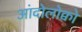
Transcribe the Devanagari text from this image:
आंदोलोक्वो